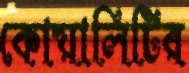
কোয়ালিটির